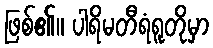
ဖြစ်၏။ ပါရိမတီရံရူတိုမှာ